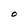
Character: O